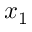
x _ { 1 }